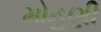
મોહણી